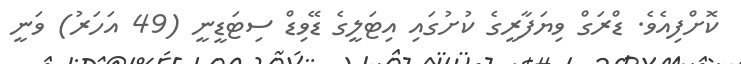
ކޮށްފިއެވެ. ޑްރަގް ވިޔަފާރީގެ ކުށުގައި އިޓަލީގެ ޑޭވިޑް ސިޓަޑީނީ (49 އަހަރު) ވަނީ